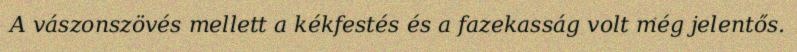
A vászonszövés mellett a kékfestés és a fazekasság volt még jelentős.